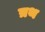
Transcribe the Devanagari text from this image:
त्रथ